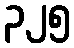
၃၂၅